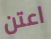
اعتن